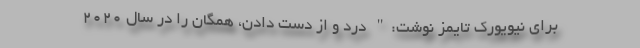
برای نیویورک تایمز نوشت:" درد و از دست دادن، همگان را در سال 2020